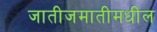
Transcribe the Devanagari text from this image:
जातीजमातीमधील